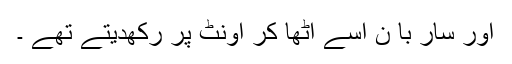
اور سار با ن اسے اٹھا کر اونٹ پر رکھدیتے تھے ۔